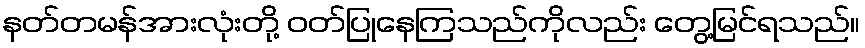
နတ်တမန်အားလုံးတို့ ဝတ်ပြုနေကြသည်ကိုလည်း တွေ့မြင်ရသည်။